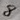
Text: 8